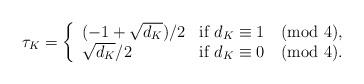
LaTeX: \begin{align*}\tau_K=\left\{\begin{array}{ll}(-1+\sqrt{d_K})/2 & \textrm{if}~d_K\equiv1\pmod{4},\\\sqrt{d_K}/2 & \textrm{if}~d_K\equiv0\pmod{4}.\end{array}\right.\end{align*}